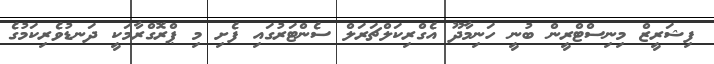
ފިޝަރީޒް މިނިސްޓްރީން ބުނީ ހަނިމާދޫ އެގްރިކަލްޗަރަލް ސެންޓަރުގައި ފެށި މި ޕްރޮގްރާމަކީ ދަނޑުވެރިކަމުގެ